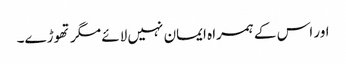
اور اس کے ہمراہ ایمان نہیں لائے مگر تھوڑے۔